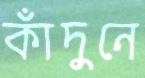
কাঁদুনে